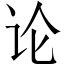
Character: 论